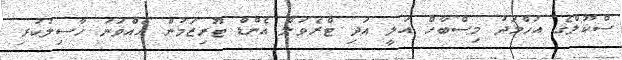
ސްކޫލްގެ އަހްމަދު މިސްބާހް އަލީ އަދި ޓްރެވަލް އެންޑް ޓޫރިޒަމުން އެއްވަނަ ހާސިލުކުރި